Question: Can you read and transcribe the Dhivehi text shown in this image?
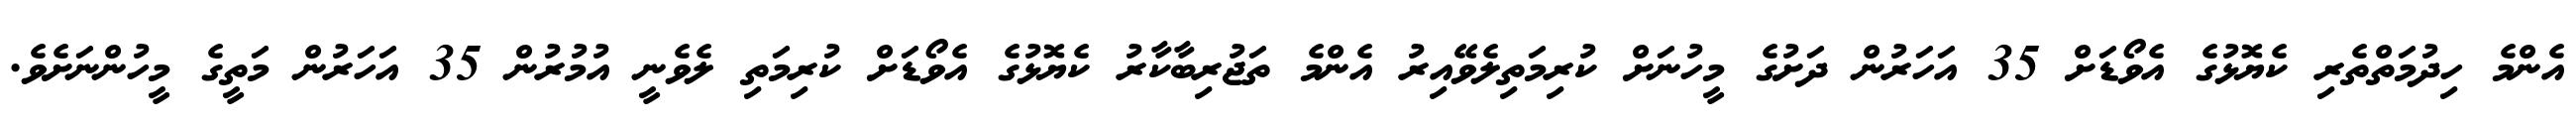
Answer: އެންމެ ހިދުމަތްތެރި ކެޔޮޅުގެ އެވޯޑަށް 35 އަހަރުން ދަށުގެ މީހުނަށް ކުރިމަތިލެވޭއިރު އެންމެ ތަޖުރިބާކާރު ކެޔޮޅުގެ އެވޯޑަށް ކުރިމަތި ލެވެނީ އުމުރުން 35 އަހަރުން މަތީގެ މީހުންނަށެވެ.